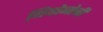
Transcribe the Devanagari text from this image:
थियोगोनी